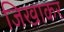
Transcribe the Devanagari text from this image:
जिखाकर